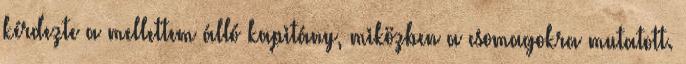
kérdezte a mellettem álló kapitány, miközben a csomagokra mutatott.